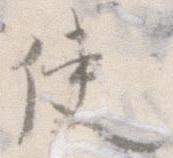
使